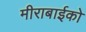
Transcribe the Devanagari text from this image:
मीराबाईको